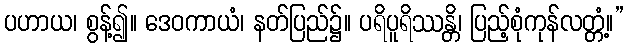
ပဟာယ၊ စွန့်၍။ ဒေဝကာယံ၊ နတ်ပြည်၌။ ပရိပူရိဿန္တိ၊ ပြည့်စုံကုန်လတ္တံ့။”